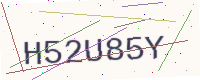
Text: H52U85Y